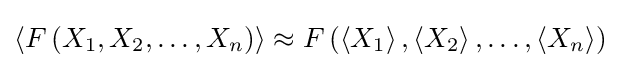
\left\langle F\left(X_{1},X_{2},\ldots ,X_{n}\right)\right\rangle \approx F\left(\left\langle X_{1}\right\rangle ,\left\langle X_{2}\right\rangle ,\ldots ,\left\langle X_{n}\right\rangle \right)